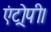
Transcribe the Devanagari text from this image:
एंट्रोपी।